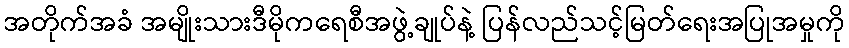
အတိုက်အခံ အမျိုးသားဒီမိုကရေစီအဖွဲ့ချုပ်နဲ့ ပြန်လည်သင့်မြတ်ရေးအပြုအမှုကို